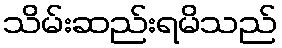
သိမ်းဆည်းရမိသည်